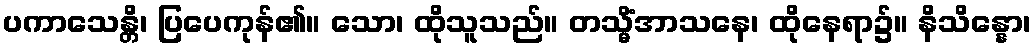
ပကာသေန္တိ၊ ပြပေကုန်၏။ သော၊ ထိုသူသည်။ တသ္မိံအာသနေ၊ ထိုနေရာ၌။ နိသိန္နော၊